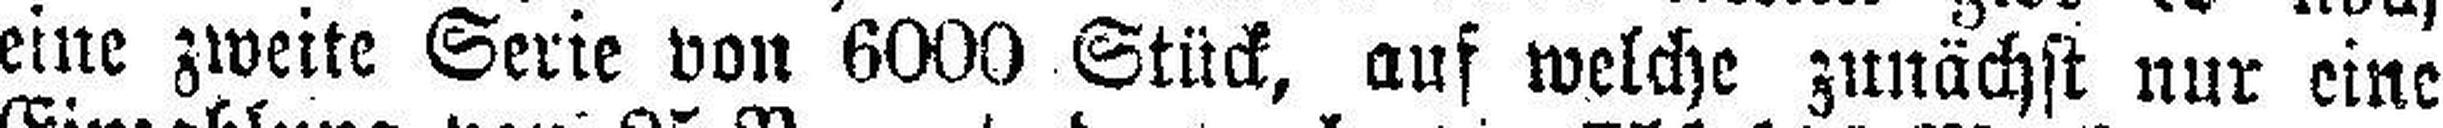
eine zweite Serie von 6000 Stück, auf welche zunächst nur eine